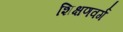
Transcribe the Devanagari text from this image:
शिक्षणवर्ग